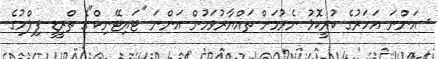
- އަންނަ އަހަރުގެ ކުރީކޮޅު ނެރުމަށް ތައްޔާރުވަމުން އަންނަ "ޓައިޓޭނިކް"ގެ ތްރީޑީ ފިލްމުގެ